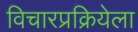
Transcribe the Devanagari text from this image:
विचारप्रक्रियेला